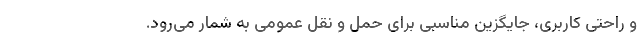
و راحتی کاربری، جایگزین مناسبی برای حمل و نقل عمومی به شمار می‌رود.